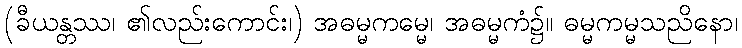
(ခီယန္တဿ၊ ၏လည်းကောင်း၊) အဓမ္မကမ္မေ၊ အဓမ္မကံ၌။ ဓမ္မကမ္မသညိနော၊